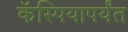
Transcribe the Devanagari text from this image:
कॅस्पियापर्यंत